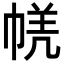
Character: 𭘤